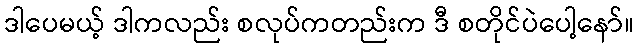
ဒါပေမယ့် ဒါကလည်း စလုပ်ကတည်းက ဒီ စတိုင်ပဲပေါ့နော်။